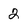
Character: 2